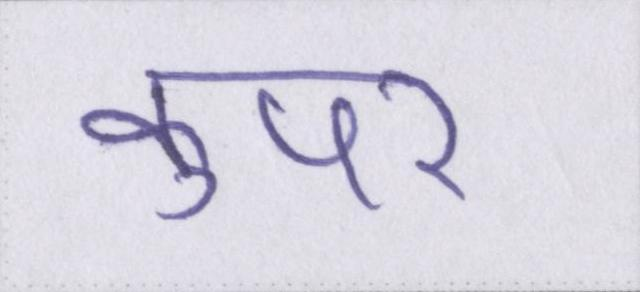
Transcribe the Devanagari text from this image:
कुपर